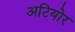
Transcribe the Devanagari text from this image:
अटियोर